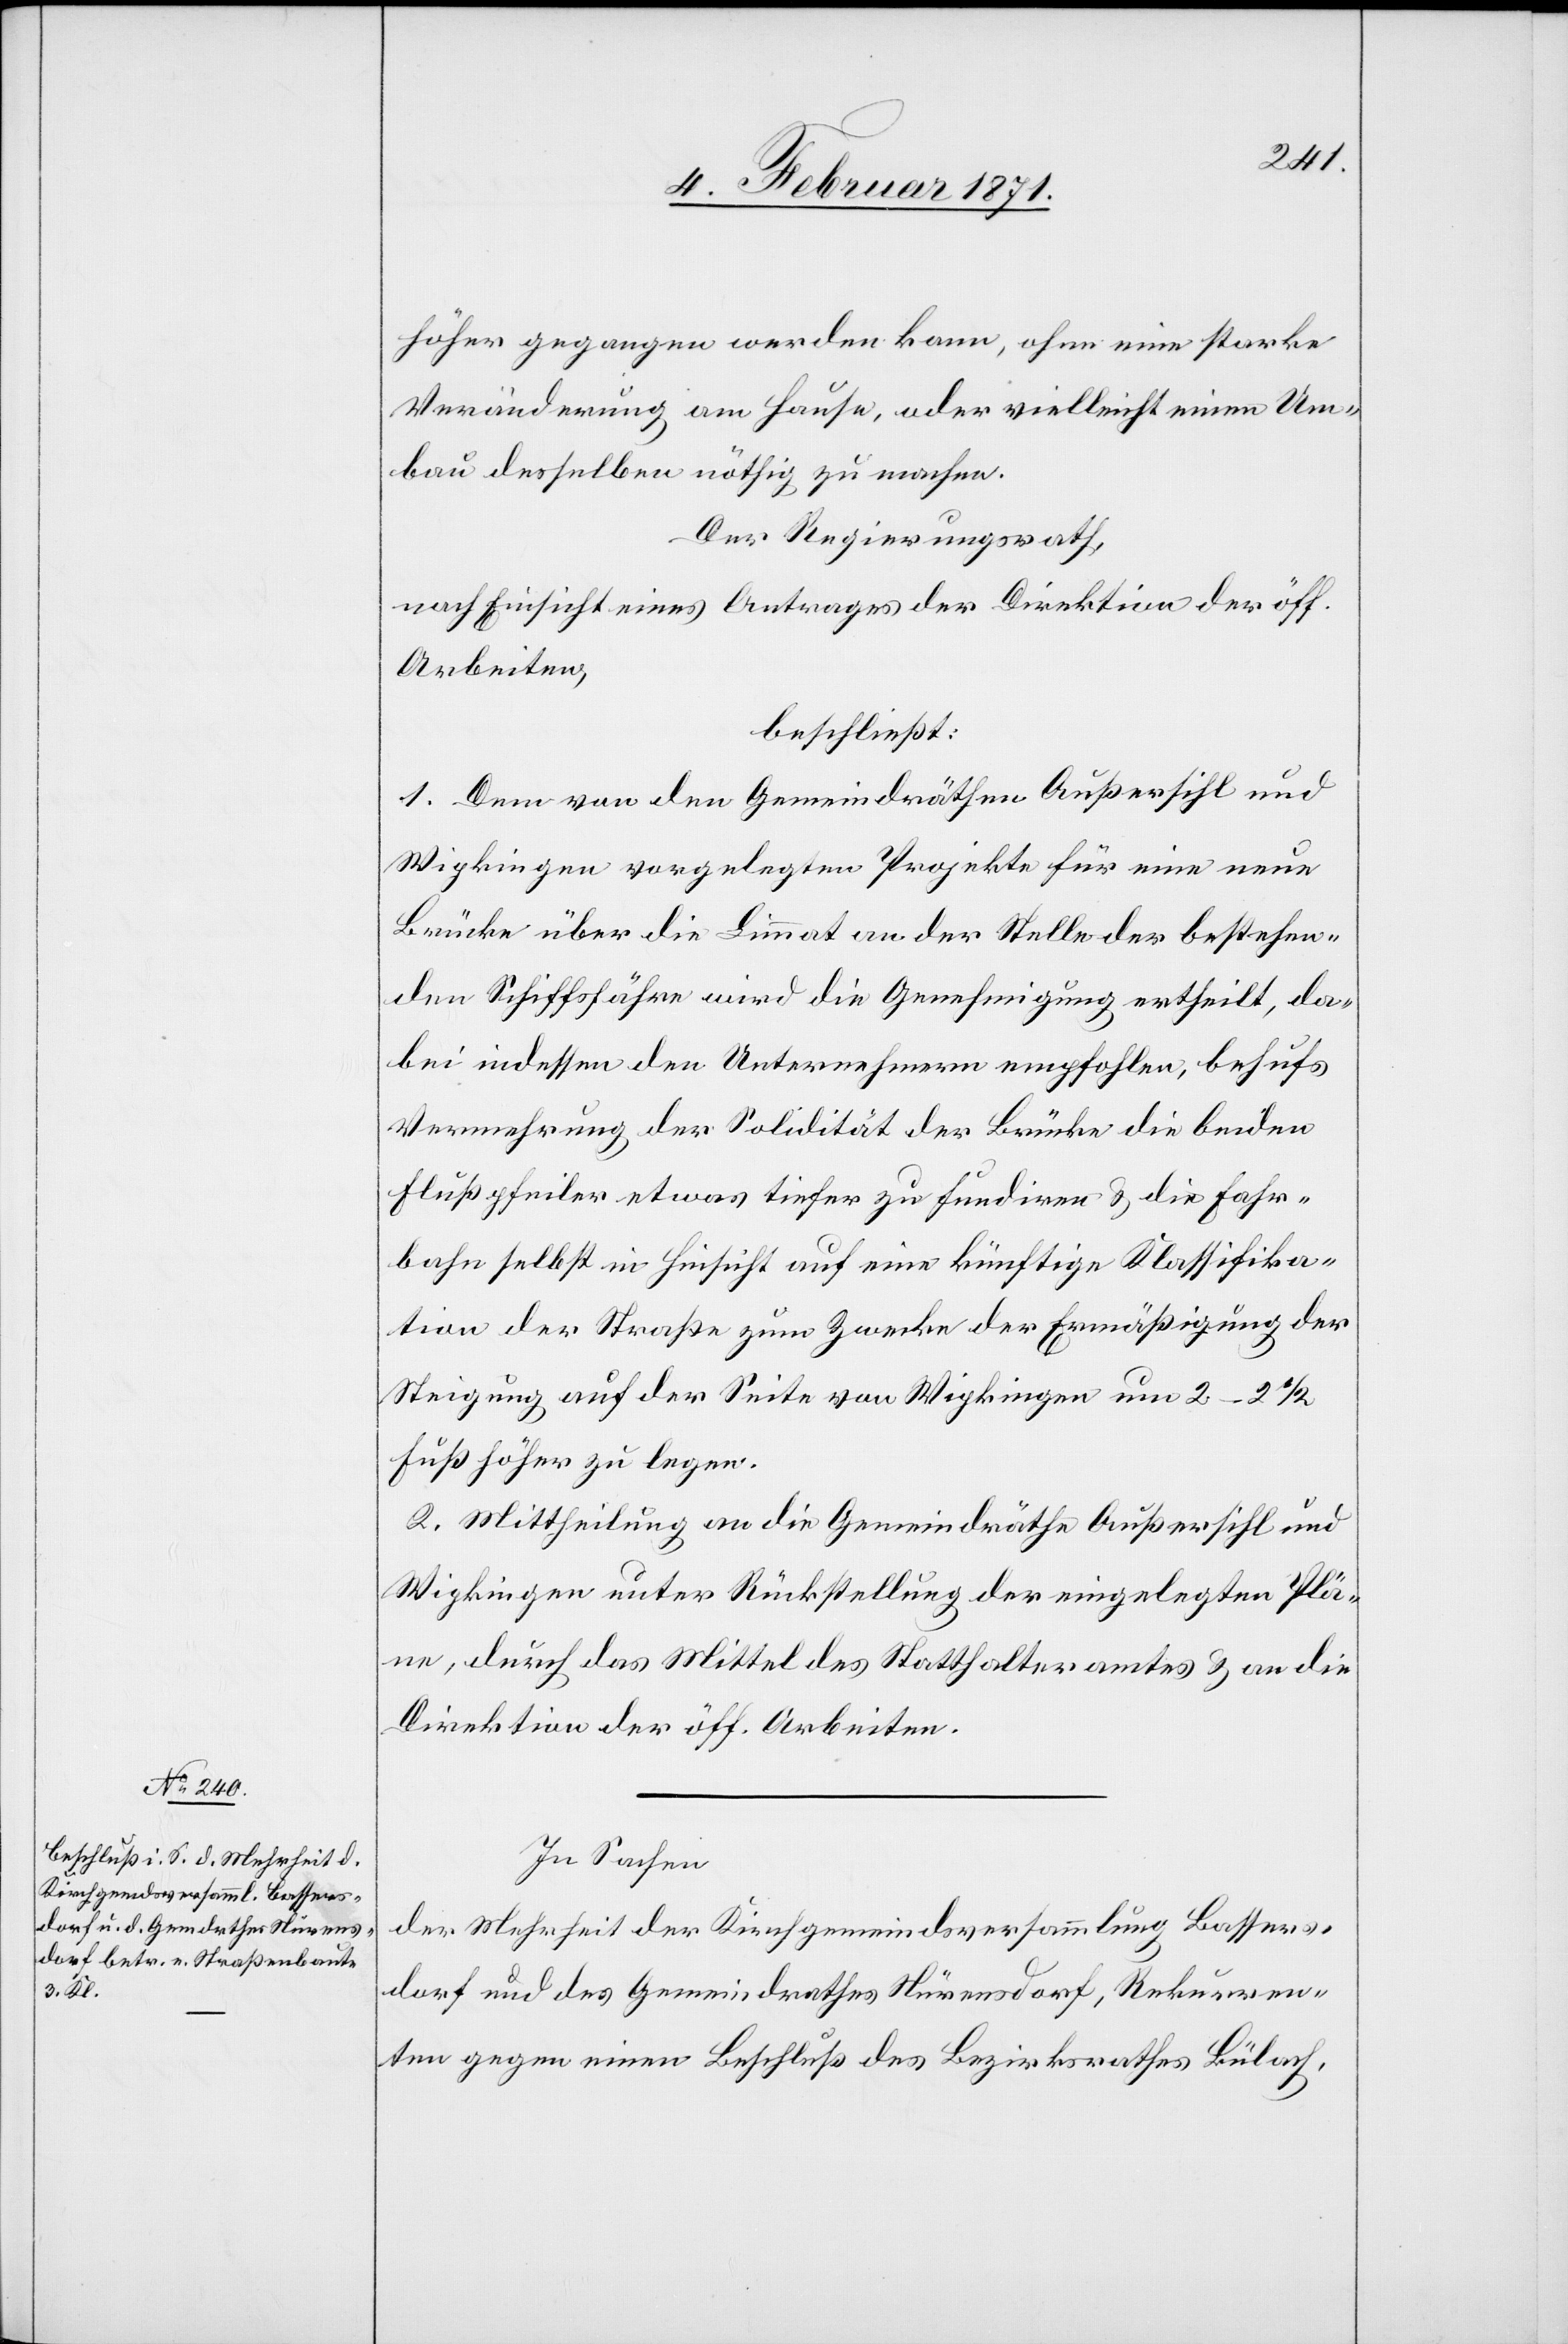
höher gegangen werden kann, ohne eine starke
Veränderung am Hause, oder vielleicht einen Um¬
bau desselben nöthig zu machen.
Der Regierungsrath,
nach Einsicht eines Antrages der Direktion der öff.
Arbeiten,
beschließt:
1. Dem von den Gemeindräthen Außersihl und
Wipkingen vorgelegten Projekte für eine neue
Brücke über die Limmat an der Stelle der bestehen¬
den Schiffsfähre wird die Genehmigung ertheilt, da¬
bei indessen den Unternehmern empfohlen, behufs
Vermehrung der Solidität der Brücke die beiden
Flußpfeiler etwas tiefer zu fundiren u. die Fahr¬
bahn selbst in Hinsicht auf eine künftige Klassifika¬
tion der Straßen zum Zwecke der Ermäßigung der
Steigung auf der Seite von Wipkingen um 2–2 ½
Fuß höher zu legen.
2. Mittheilung an die Gemeindrähte Außersihl und
Wipkingen unter Rückstellung der eingelegten Plä¬
ne, durch das Mittel des Statthalteramtes u. an die
Direktion der öff. Arbeiten.
In Sachen
der Mehrheit der Kirchgemeindsversammlung Bassers¬
dorf und des Gemeindrathes Nürensdorf, Rekurren¬
ten gegen einen Beschluß des Bezirksrathes Bülach,